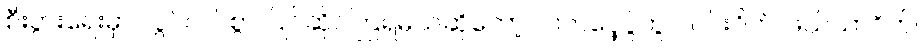
စီးပွားရေးမှာ လွပ်လပ်စွာ ပြိုင်ဆိုင်ကြရမယ်ဆိုတော့ လက်ဝှေ့ပွဲတွင် ပင်းဝိတ်၊ ဖယ်သာဝိတ်၊